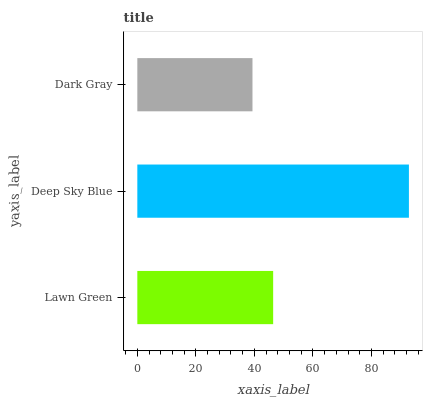
| yaxis_label | bars |
 | --- | --- |
 | Lawn Green | 46.4 |
 | Deep Sky Blue | 92.8 |
 | Dark Gray | 39.4 |